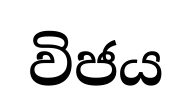
විජය